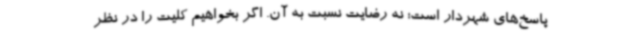
پاسخ‌های شهردار است؛ نه رضایت نسبت به آن. اگر بخواهیم کلیت را در نظر